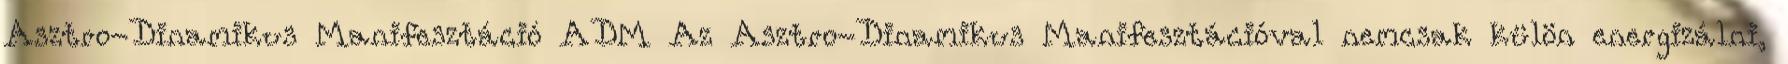
Asztro-Dinamikus Manifesztáció ADM Az Asztro-Dinamikus Manifesztációval nemcsak külön energizálni,